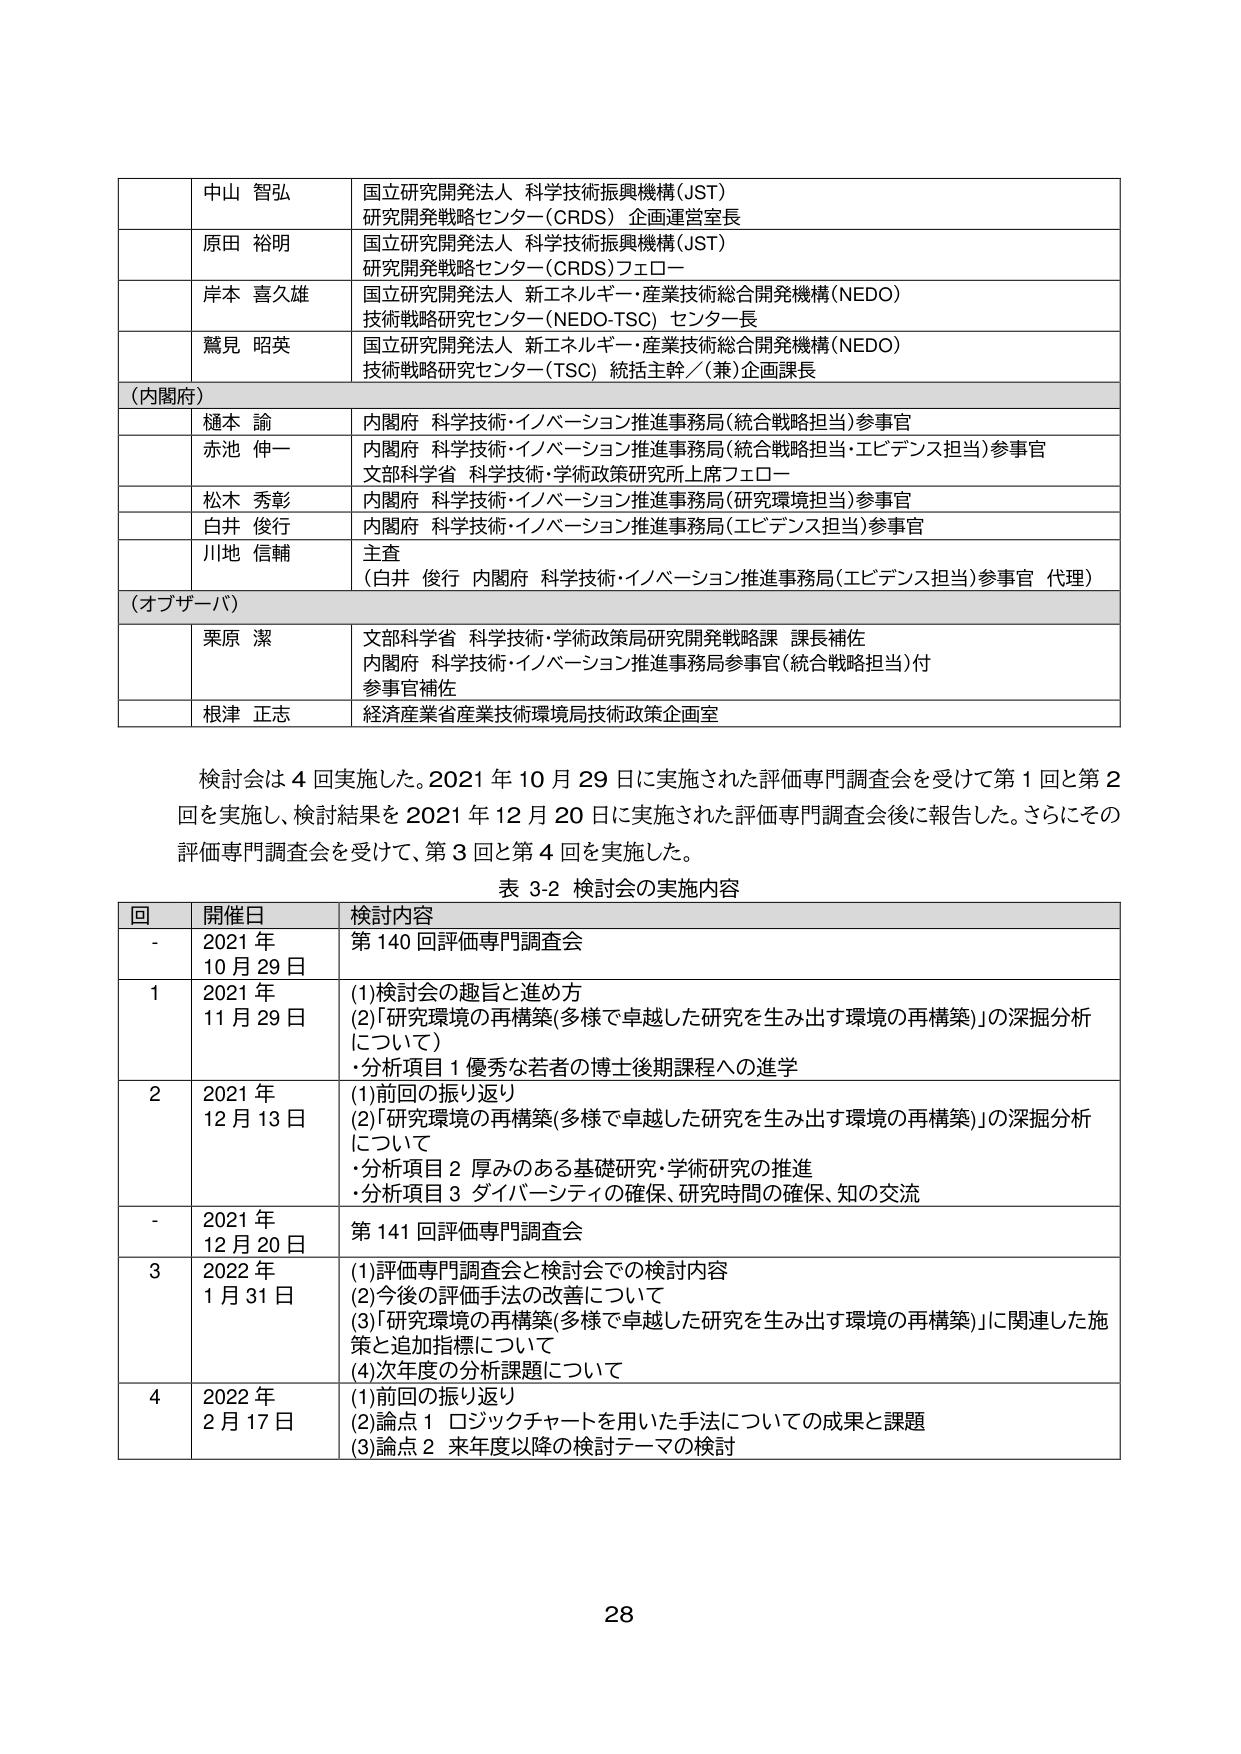
中山 智弘 国立研究開発法人 科学技術振興機構(JST) 研究開発戦略センター(CRDS) 企画運営室長
原田 裕明 国立研究開発法人 科学技術振興機構(JST) 研究開発戦略センター(CRDS) フェロー
岸本 喜久雄 国立研究開発法人 新エネルギー・産業技術総合開発機構(NEDO) 技術戦略研究センター(NEDO-TSC) センター長
鷲見 昭英 国立研究開発法人 新エネルギー・産業技術総合開発機構(NEDO) 技術戦略研究センター(TSC) 統括主幹／(兼)企画課長
(内閣府)
樋本 諭 内閣府 科学技術・イノベーション推進事務局(統合戦略担当)参事官
赤池 伸一 内閣府 科学技術・イノベーション推進事務局(統合戦略担当・エビデンス担当)参事官 文部科学省 科学技術・学術政策研究所上席フェロー
松木 秀彰 内閣府 科学技術・イノベーション推進事務局(研究環境担当)参事官
白井 俊行 内閣府 科学技術・イノベーション推進事務局(エビデンス担当)参事官
川地 信輔 主査 (白井 俊行 内閣府 科学技術・イノベーション推進事務局(エビデンス担当)参事官 代理)
(オブザーバ)
栗原 潔 文部科学省 科学技術・学術政策局研究開発戦略課 課長補佐 内閣府 科学技術・イノベーション推進事務局参事官(統合戦略担当)付 参事官補佐
根津 正志 経済産業省産業技術環境局技術政策企画室

検討会は４回実施した。2021年10月29日に実施された評価専門調査会を受けて第1回と第2回を実施し、検討結果を2021年12月20日に実施された評価専門調査会後に報告した。さらにその評価専門調査会を受けて、第3回と第4回を実施した。
表3-2 検討会の実施内容
回 開催日 検討内容
- 2021年10月29日 第140回評価専門調査会
1 2021年11月29日 (1)検討会の趣旨と進め方 (2)「研究環境の再構築(多様で卓越した研究を生み出す環境の再構築)」の深掘分析について) ・分析項目1 優秀な若者の博士後期課程への進学
2 2021年12月13日 (1)前回の振り返り (2)「研究環境の再構築(多様で卓越した研究を生み出す環境の再構築)」の深掘分析について ・分析項目2 厚みのある基礎研究・学術研究の推進 ・分析項目3 ダイバーシティの確保、研究時間の確保、知の交流
- 2021年12月20日 第141回評価専門調査会
3 2022年1月31日 (1)評価専門調査会と検討会での検討内容 (2)今後の評価手法の改善について (3)「研究環境の再構築(多様で卓越した研究を生み出す環境の再構築)」に関連した施策と追加指標について (4)次年度の分析課題について
4 2022年2月17日 (1)前回の振り返り (2)論点1 ロジックチャートを用いた手法についての成果と課題 (3)論点2 来年度以降の検討テーマの検討

28